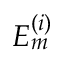
E _ { m } ^ { \left( i \right) }